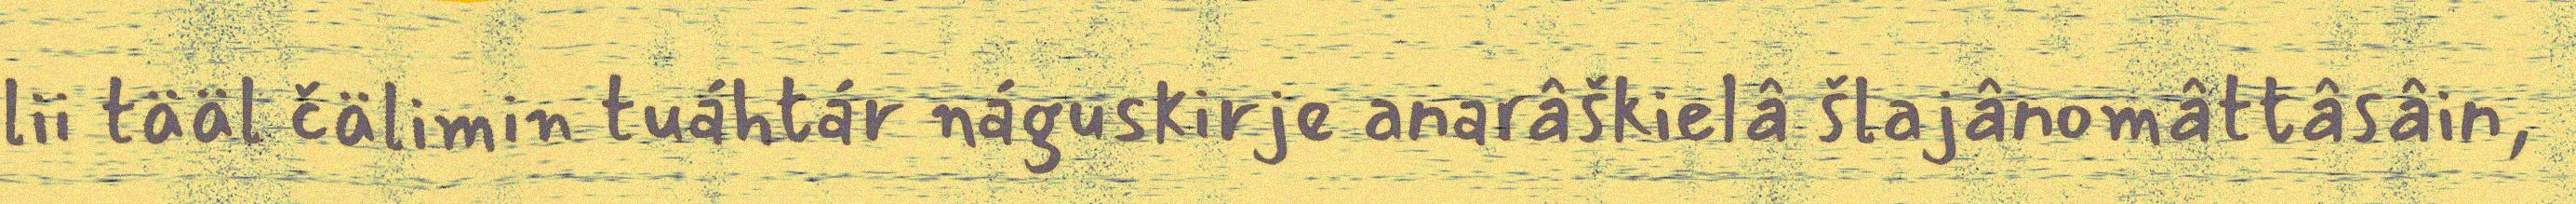
lii tääl čälimin tuáhtár náguskirje anarâškielâ šlajânomâttâsâin,